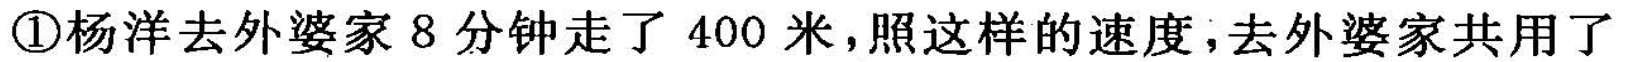
①杨洋去外婆家8分钟走了400米，照这样的速度，去外婆家共用了